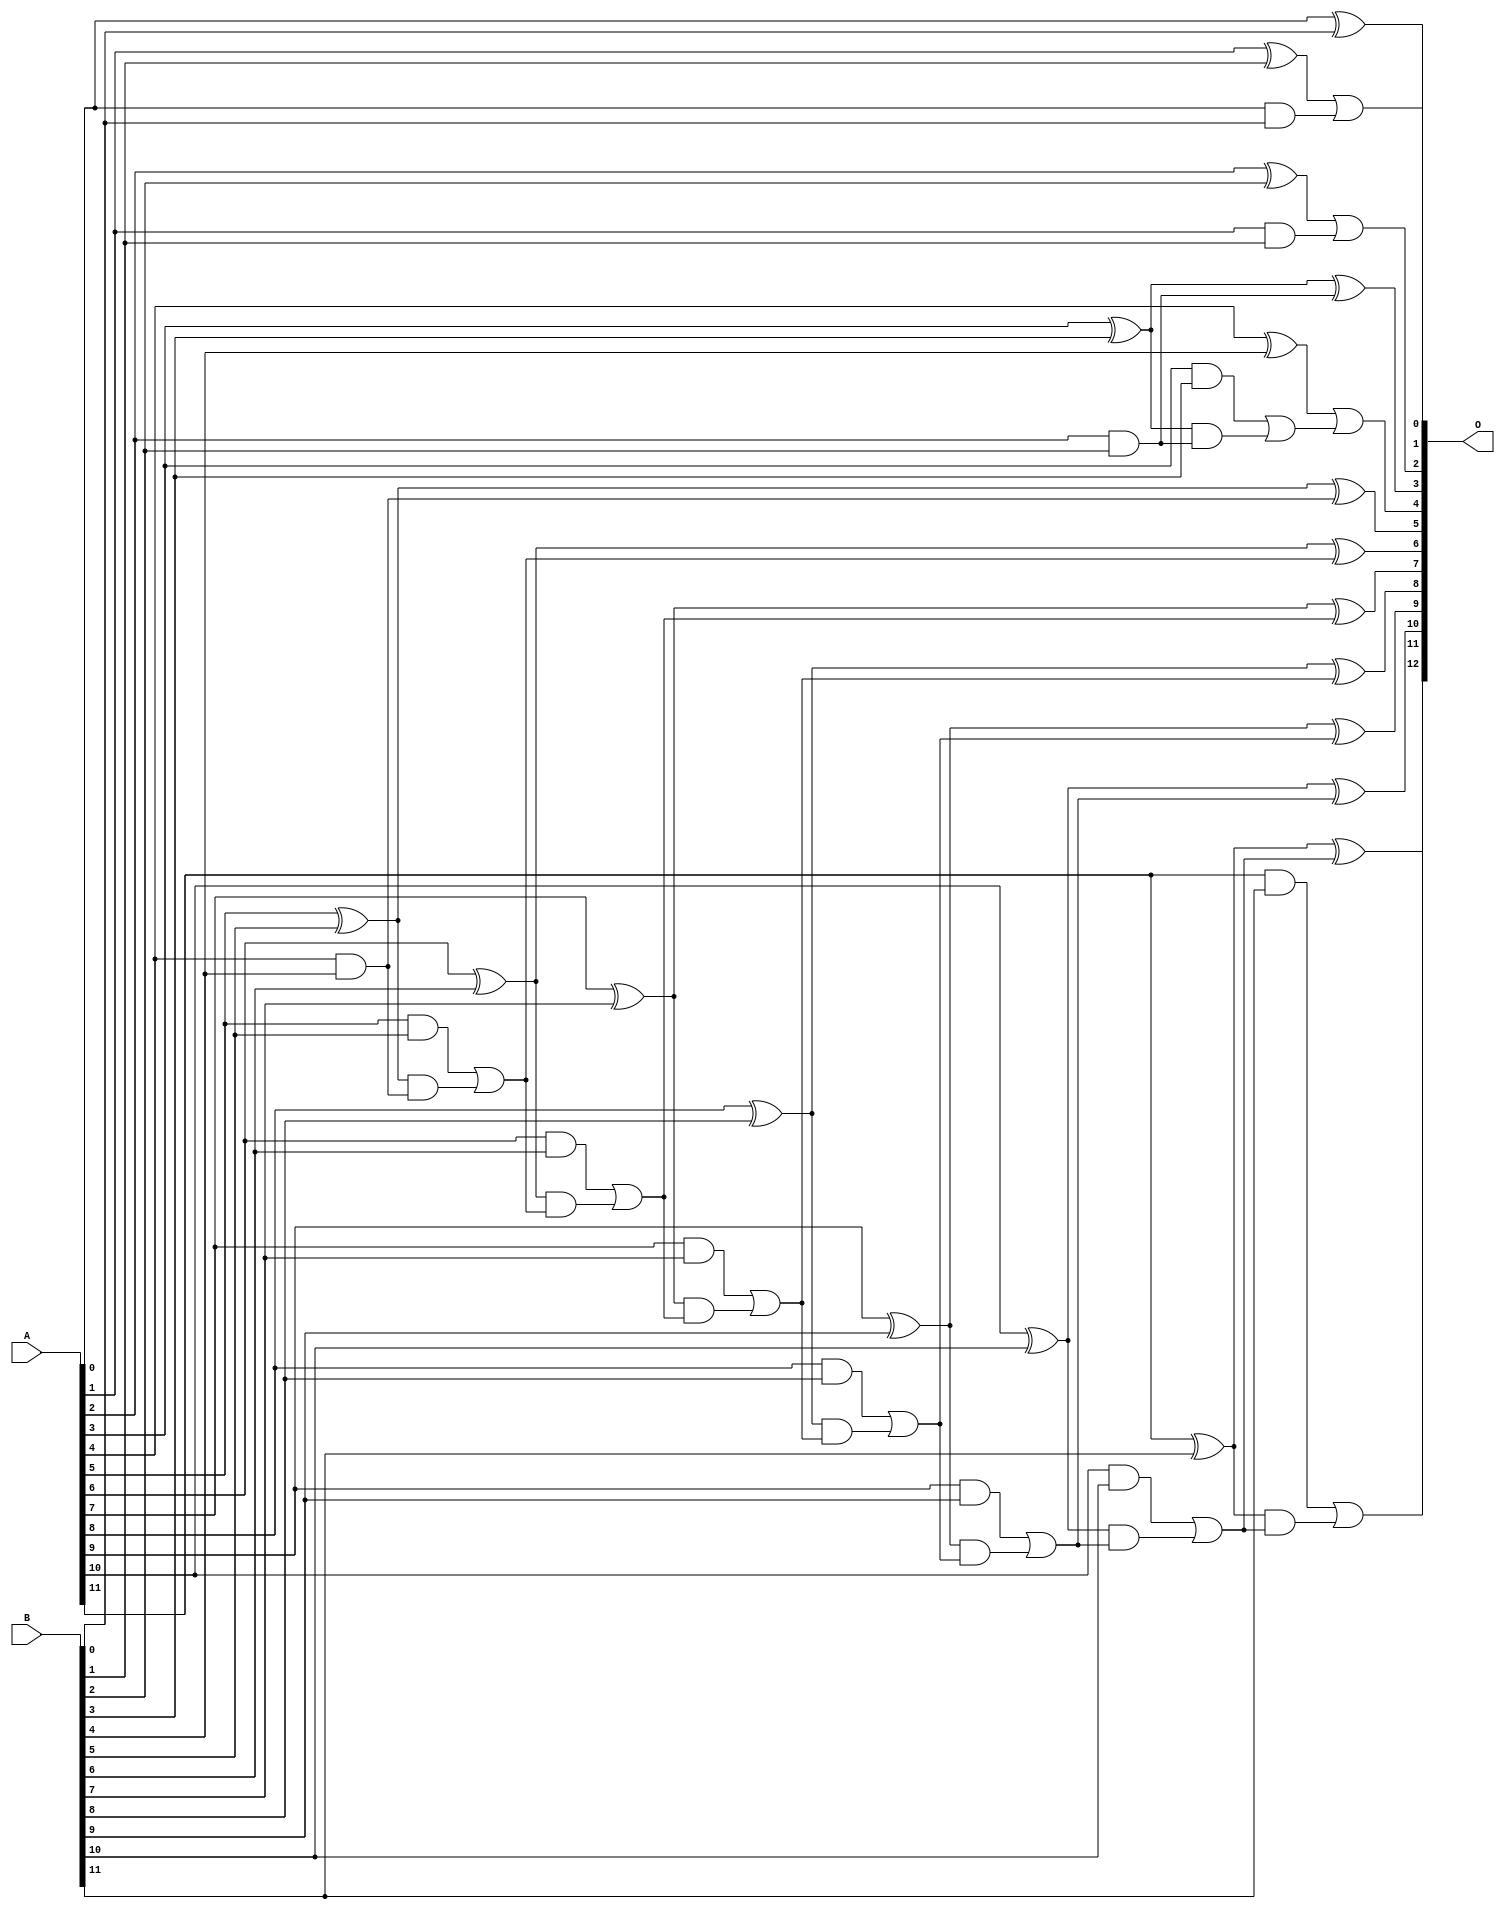
// This program was cloned from: https://github.com/ehw-fit/evoapproxlib
// License: MIT License

/***
* This code is a part of EvoApproxLib library (ehw.fit.vutbr.cz/approxlib) distributed under The MIT License.
* When used, please cite the following article(s): V. Mrazek, L. Sekanina, Z. Vasicek "Libraries of Approximate Circuits: Automated Design and Application in CNN Accelerators" IEEE Journal on Emerging and Selected Topics in Circuits and Systems, Vol 10, No 4, 2020 
* This file contains a circuit from a sub-set of pareto optimal circuits with respect to the pwr and ep parameters
***/
// MAE% = 0.046 %
// MAE = 3.8 
// WCE% = 0.24 %
// WCE = 20 
// WCRE% = 50.00 %
// EP% = 39.84 %
// MRE% = 0.13 %
// MSE = 54 
// PDK45_PWR = 0.044 mW
// PDK45_AREA = 108.4 um2
// PDK45_DELAY = 0.62 ns


module add12u_4YK(A, B, O);
  input [11:0] A, B;
  output [12:0] O;
  wire sig_25, sig_26, sig_27, sig_30, sig_31, sig_32;
  wire sig_35, sig_36, sig_37, sig_38, sig_40, sig_41;
  wire sig_45, sig_46, sig_47, sig_48, sig_50, sig_51;
  wire sig_52, sig_53, sig_55, sig_56, sig_57, sig_58;
  wire sig_60, sig_61, sig_62, sig_63, sig_65, sig_66;
  wire sig_67, sig_68, sig_70, sig_71, sig_72, sig_73;
  wire sig_75, sig_76, sig_77, sig_78;
  assign O[0] = A[0] ^ B[0];
  assign sig_25 = A[0] & B[0];
  assign sig_26 = A[1] ^ B[1];
  assign sig_27 = A[1] & B[1];
  assign O[1] = sig_26 | sig_25;
  assign sig_30 = sig_27;
  assign sig_31 = A[2] ^ B[2];
  assign sig_32 = A[2] & B[2];
  assign O[2] = sig_31 | sig_30;
  assign sig_35 = sig_32;
  assign sig_36 = A[3] ^ B[3];
  assign sig_37 = A[3] & B[3];
  assign sig_38 = sig_36 & sig_35;
  assign O[3] = sig_36 ^ sig_35;
  assign sig_40 = sig_37 | sig_38;
  assign sig_41 = A[4] ^ B[4];
  assign O[4] = sig_41 | sig_40;
  assign sig_45 = A[4] & B[4];
  assign sig_46 = A[5] ^ B[5];
  assign sig_47 = A[5] & B[5];
  assign sig_48 = sig_46 & sig_45;
  assign O[5] = sig_46 ^ sig_45;
  assign sig_50 = sig_47 | sig_48;
  assign sig_51 = A[6] ^ B[6];
  assign sig_52 = A[6] & B[6];
  assign sig_53 = sig_51 & sig_50;
  assign O[6] = sig_51 ^ sig_50;
  assign sig_55 = sig_52 | sig_53;
  assign sig_56 = A[7] ^ B[7];
  assign sig_57 = A[7] & B[7];
  assign sig_58 = sig_56 & sig_55;
  assign O[7] = sig_56 ^ sig_55;
  assign sig_60 = sig_57 | sig_58;
  assign sig_61 = A[8] ^ B[8];
  assign sig_62 = A[8] & B[8];
  assign sig_63 = sig_61 & sig_60;
  assign O[8] = sig_61 ^ sig_60;
  assign sig_65 = sig_62 | sig_63;
  assign sig_66 = A[9] ^ B[9];
  assign sig_67 = A[9] & B[9];
  assign sig_68 = sig_66 & sig_65;
  assign O[9] = sig_66 ^ sig_65;
  assign sig_70 = sig_67 | sig_68;
  assign sig_71 = A[10] ^ B[10];
  assign sig_72 = A[10] & B[10];
  assign sig_73 = sig_71 & sig_70;
  assign O[10] = sig_71 ^ sig_70;
  assign sig_75 = sig_72 | sig_73;
  assign sig_76 = A[11] ^ B[11];
  assign sig_77 = A[11] & B[11];
  assign sig_78 = sig_76 & sig_75;
  assign O[11] = sig_76 ^ sig_75;
  assign O[12] = sig_77 | sig_78;
endmodule